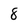
Character: 8